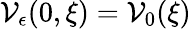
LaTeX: \mathcal{V}_{\epsilon}(0,\xi)=\mathcal{V}_{0}(\xi)